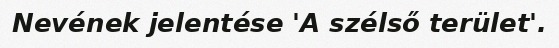
Nevének jelentése 'A szélső terület'.